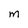
Character: m